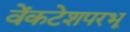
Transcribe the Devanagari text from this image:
वेंकटेशपरभू